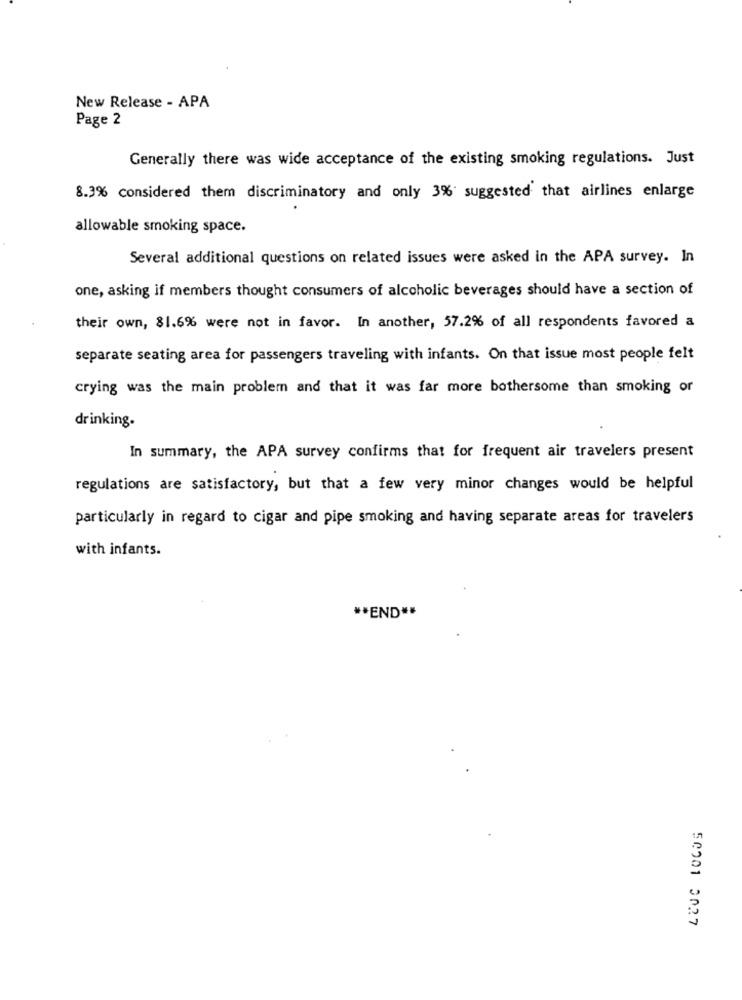
New Release - APA
Page 2
Generally there was wide acceptance of the existing smoking regulations. Just
8.3% considered them discriminatory and only 3% suggested that airlines enlarge
allowable smoking space.
Several additional questions on related issues were asked in the APA survey. In
one, asking if members thought consumers of alcoholic beverages should have a section of
their own, 81.6% were not in favor. In another, 57.2% of all respondents favored a
separate seating area for passengers traveling with infants. On that issue most people felt
crying was the main problem and that it was far more bothersome than smoking or
drinking.
In summary, the APA survey confirms that for frequent air travelers present
regulations are satisfactory, but that a few very minor changes would be helpful
particularly in regard to cigar and pipe smoking and having separate areas for travelers
with infants.
** END **
50201 3027